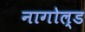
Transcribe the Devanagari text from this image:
नागोल्ड